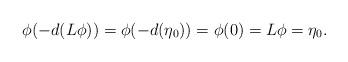
LaTeX: \begin{align*}\phi(-d(L\phi))=\phi(-d(\eta_0))=\phi(0)=L\phi=\eta_0.\end{align*}